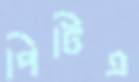
পিটিএ